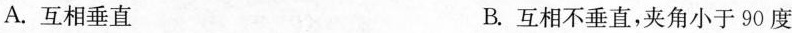
A.互相垂直 B.互相不垂直，夹角小于90度